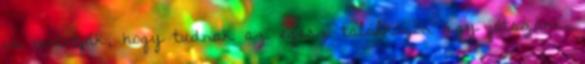
is mutatják, hogy tudnak az egész találkozón úgy játszani,